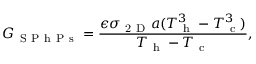
G _ { \mathrm { ~ S ~ P ~ h ~ P ~ s ~ } } = \frac { \epsilon \sigma _ { \mathrm { ~ 2 ~ D ~ } } a ( T _ { \mathrm { ~ h ~ } } ^ { 3 } - T _ { \mathrm { ~ c ~ } } ^ { 3 } ) } { T _ { \mathrm { ~ h ~ } } - T _ { \mathrm { ~ c ~ } } } { , }